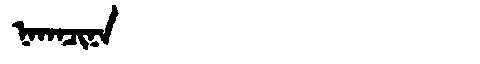
Manchu: ᠨᠠᡴᠠᠴᡳᠨᠠ
Romanization: NAKACINA